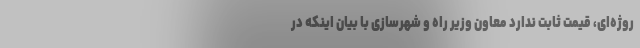
روژه‌ای، قیمت ثابت ندارد معاون وزیر راه و شهرسازی با بیان اینکه در